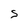
Character: S